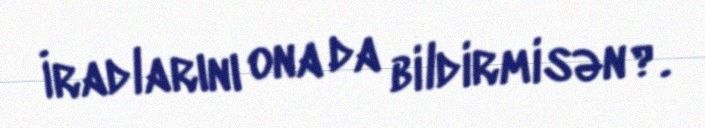
İradlarını ona da bildirmisən?.